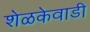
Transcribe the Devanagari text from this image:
शेळकेवाडी